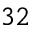
3 2